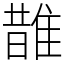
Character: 䧿